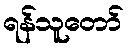
ရန်သူတော်